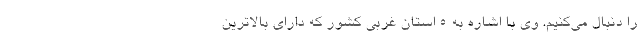
را دنبال می‌کنیم. وی با اشاره به ۵ استان غربی کشور که دارای بالاترین